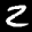
Label: 2